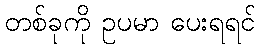
တစ်ခုကို ဥပမာ ပေးရရင်